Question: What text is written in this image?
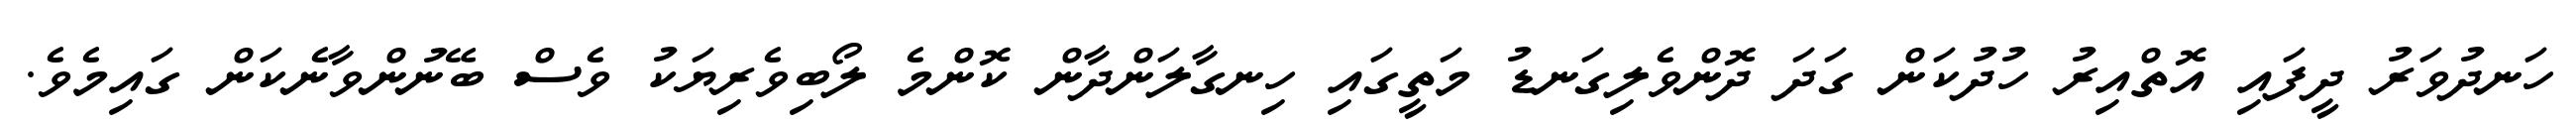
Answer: ހަނދުވަރު ދީފައި އޮތްއިރު ހުދުކަން ގަދަ ދޮންވެލިގަނޑު މަތީގައި ހިނގާލަންދާން ކޮންމެ ލޯބިވެރިޔަކު ވެސް ބޭނުންވާނެކަން ގައިމެވެ.